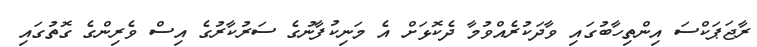
ރާޖަޕަކްސަ އިންތިހާބުގައި ވާދަކުރެއްވުމާ ދެކޮޅަށް އެ މަނިކުފާނުގެ ސަރުކާރުގެ އިސް ވެރިންގެ ގޮތުގައި